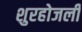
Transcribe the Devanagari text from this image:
शुरहोजली